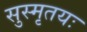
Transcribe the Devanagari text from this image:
सुस्मृतयः